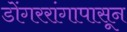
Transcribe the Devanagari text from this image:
डोंगररांगापासून